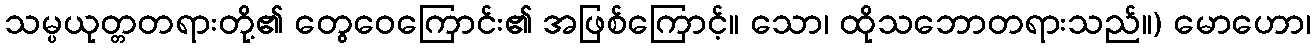
သမ္ပယုတ္တတရားတို့၏ တွေဝေကြောင်း၏ အဖြစ်ကြောင့်။ သော၊ ထိုသဘောတရားသည်။) မောဟော၊